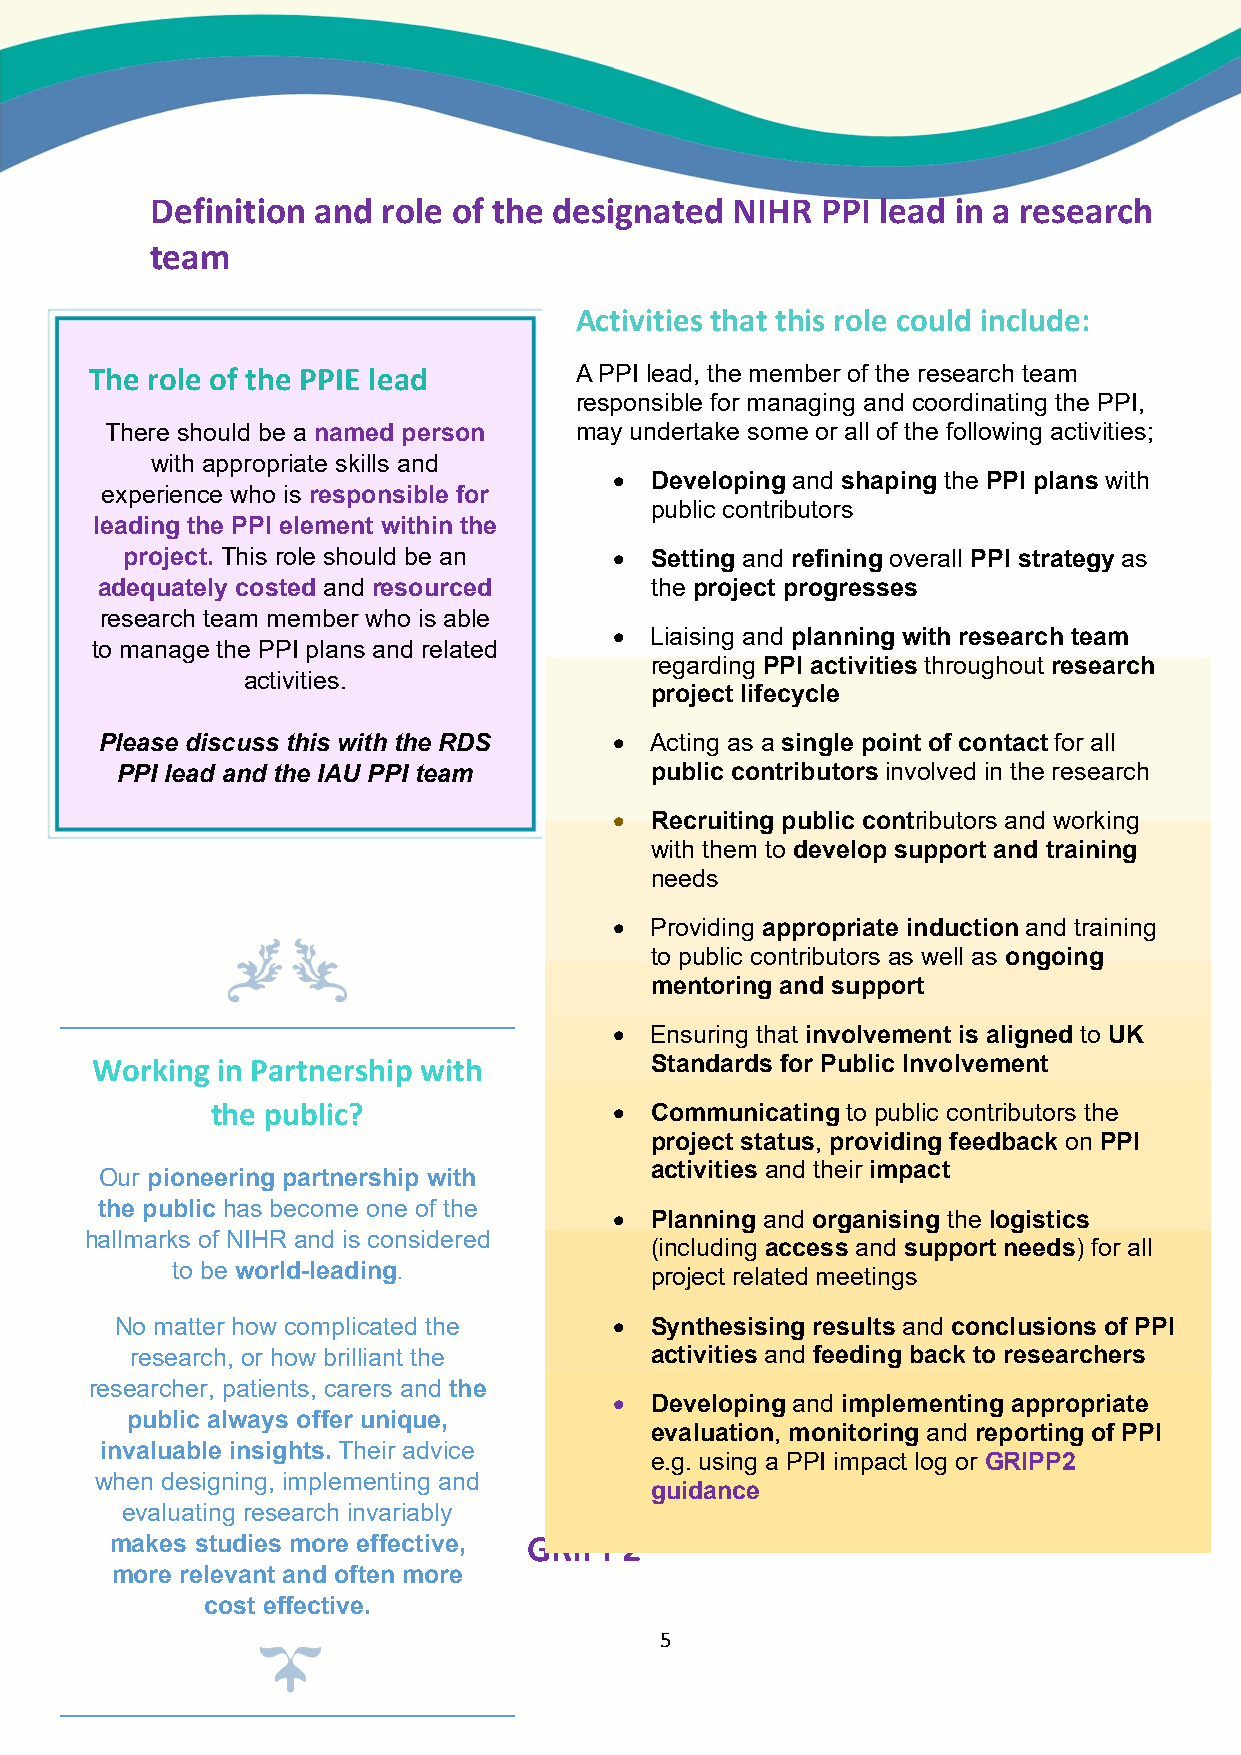
Definition and role of the designated NIHR  PPI lead in a research
 team
 Activities that this role could include:
 The role of the PPIE lead       A PPI lead, the member of the research team
 responsible for managing and coordinating the PPI,
 There should be a named person may undertake some or all of the following activities;
 with appropriate skills and
  Developing and shaping the PPI plans with
 experience who is responsible for
 public contributors
 leading the PPI element within the
 project. This role should be an   Setting and refining overall PPI strategy as
 adequately costed and resourced      the project progresses
 research team member who is able
  Liaising and planning with research team
 to manage the PPI plans and related
 regarding PPI activities throughout research
 activities.
 project lifecycle
 Please discuss this with the RDS   Acting as a single point of contact for all
 PPI lead and the IAU PPI team      public contributors involved in the research
  Recruiting public contributors and working
 with them to develop support and training
 needs
  Providing appropriate induction and training
 to public contributors as well as ongoing
 mentoring and support
  Ensuring that involvement is aligned to UK
 Working in Partnership with          Standards for Public Involvement
 the public?                 Communicating to public contributors the
 project status, providing feedback on PPI
 activities and their impact
 Our pioneering partnership with
 the public has become one of the
  Planning and organising the logistics
 hallmarks of NIHR and is considered
 (including access and support needs) for all
 to be world-leading.            project related meetings
 No matter how complicated the     Synthesising results and conclusions of PPI
 research, or how brilliant the    activities and feeding back to researchers
 researcher, patients, carers and the
  Developing and implementing appropriate
 public always offer unique,
 evaluation, monitoring and reporting of PPI
 invaluable insights. Their advice
 e.g. using a PPI impact log or GRIPP2
 when designing, implementing and
 guidance
 evaluating research invariably
 makes studies more effective, GRIPP2
 more relevant and often more
 cost effective.
 5